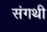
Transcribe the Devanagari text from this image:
संगथी